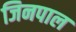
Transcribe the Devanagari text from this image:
जिनपाल